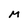
Character: M